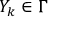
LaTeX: \, Y _ { k } \in \Gamma